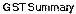
GST SUMMARY